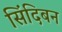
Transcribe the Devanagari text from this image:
सिंदिबन